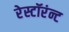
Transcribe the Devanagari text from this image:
रेस्टॉरंन्ट